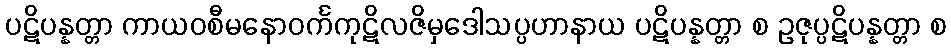
ပဋိပန္နတ္တာ ကာယဝစီမနောဝင်္ကကုဋိလဇိမှဒေါသပ္ပဟာနာယ ပဋိပန္နတ္တာ စ ဥဇုပ္ပဋိပန္နတ္တာ စ